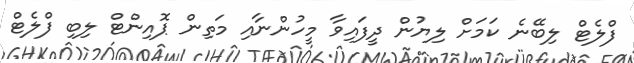
ފްލެޓް ލިބޭނެ ކަމަށް ލިޔުން ދީފައިވާ މީހުންނާއި މަތިން ޕޮއިންޓް ލިބި ފްލެޓް